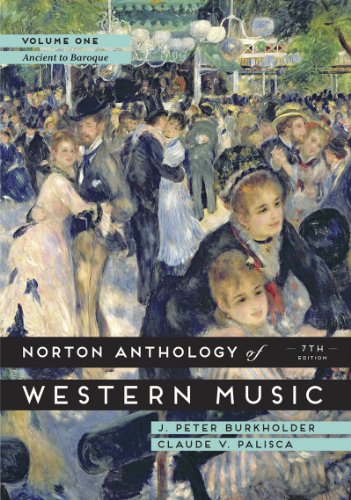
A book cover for The Norton Anthology of Western Music (Seventh Edition)  (Vol. 1); J. Peter Burkholder; Arts & Photography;